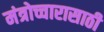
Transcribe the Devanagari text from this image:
मंत्रोच्चारासाठी